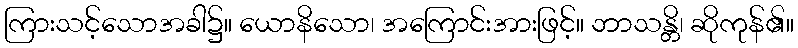
ကြားသင့်သောအခါ၌။ ယောနိသော၊ အကြောင်းအားဖြင့်။ ဘာသန္တိ၊ ဆိုကုန်၏။